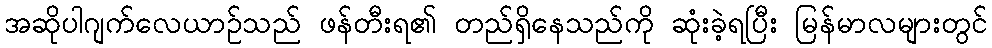
အဆိုပါဂျက်လေယာဉ်သည် ဖန်တီးရ၏ တည်ရှိနေသည်ကို ဆုံးခဲ့ရပြီး မြန်မာလများတွင်